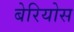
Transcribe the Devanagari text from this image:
बेरियोस